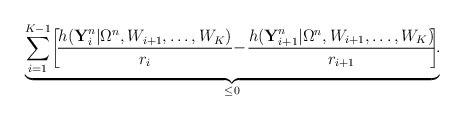
\begin{align*} \underbrace{\sum_{i=1}^{K-1}\!\left[\!\frac{h(\textbf{Y}_i^n|\Omega^n,W_{i+1},\ldots,W_K)}{r_i}-\!\!\right. \left. \frac{h(\textbf{Y}_{i+1}^n|\Omega^n,W_{i+1},\ldots,W_K)}{r_{i+1}}\!\!\right]}_{\leq 0}\!\!.\end{align*}